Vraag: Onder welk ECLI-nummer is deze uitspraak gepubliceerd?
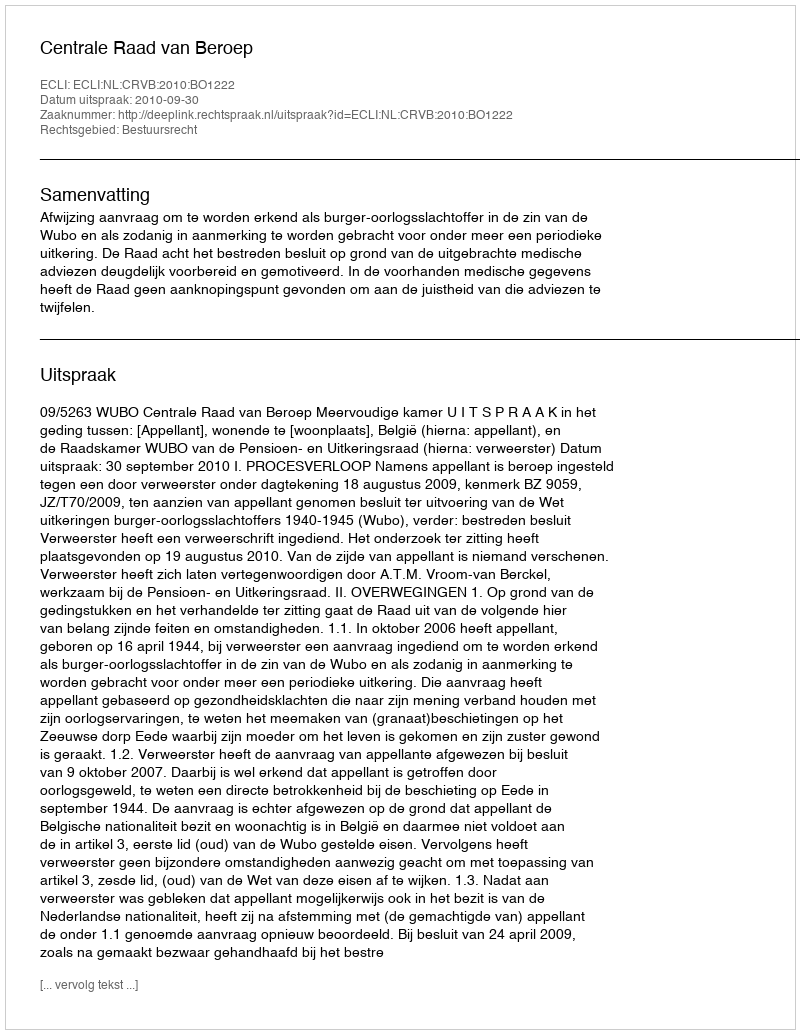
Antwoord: ECLI:NL:CRVB:2010:BO1222